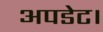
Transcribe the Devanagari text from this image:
अपडेट।